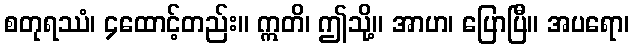
စတုရဿံ၊ ၄ထောင့်တည်း။ ဣတိ၊ ဤသို့။ အာဟ၊ ပြောပြီ။ အပရော၊